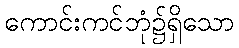
ကောင်းကင်ဘုံ၌ရှိသော